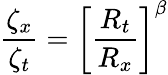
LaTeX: \frac{\zeta_{x}}{\zeta_{t}}=\left[\frac{R_{t}}{R_{x}}\right]^{\beta}